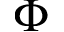
\Phi